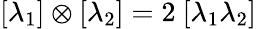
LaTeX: [\lambda_{1}]\otimes[\lambda_{2}]=2\ [\lambda_{1}\lambda_{2}]